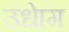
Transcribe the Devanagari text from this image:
उधाेग